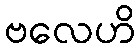
ဗလေဟိ